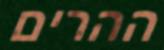
ההרים